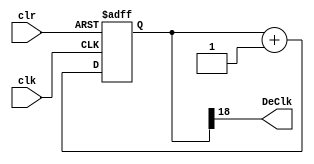
`timescale 1ns / 1ps
//////////////////////////////////////////////////////////////////////////////////
// Company: 
// Engineer: 
// 
// Design Name: 
// Module Name: clkdiv
// Project Name: 
// Target Devices: 
// Tool Versions: 
// Description: 
// 
// Dependencies: 
// 
// Revision:
// Revision 0.01 - File Created
// Additional Comments:
// 
//////////////////////////////////////////////////////////////////////////////////

module debounceClkDiv(
	input wire clk,
	input wire clr,
	output wire DeClk
);
	reg [18:0] q;

	always @(posedge clk or posedge clr)
		begin
			if(clr==1'b1)
				q <= 0;
			else
				q <= q+1;
		end

	assign DeClk = q[18];

endmodule